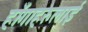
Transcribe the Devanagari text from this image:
हाँगाहरुलाई